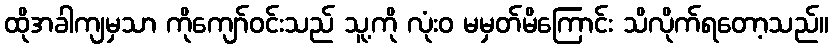
ထိုအခါကျမှသာ ကိုကျော်ဝင်းသည် သူ့ကို လုံးဝ မမှတ်မိကြောင်း သိလိုက်ရတော့သည်။